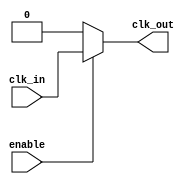
module low_power_clock_buffer (
    input wire clk_in,        // Input clock signal
    input wire enable,        // Enable signal for the buffer
    output wire clk_out       // Output clock signal
);

    // Intermediate signals
    wire clk_in_clean;        // Cleaned input clock signal
    wire clk_buffered;        // Buffered clock signal

    // Input Stage: Simple inverter to clean up the clock signal
    // Using a Schmitt trigger would be ideal, but for simplicity, we use an inverter here.
    assign clk_in_clean = ~clk_in;

    // Buffering Stage: Multiple inverters to amplify and buffer the clock signal
    // You can adjust the number of stages for drive strength
    wire clk_stage1, clk_stage2;

    assign clk_stage1 = clk_in_clean; // First stage
    assign clk_stage2 = ~clk_stage1;   // Second stage

    // Output Stage: Final output stage with enable logic
    assign clk_out = enable ? clk_stage2 : 1'b0; // Output clock is driven only when enabled

endmodule